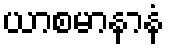
ယာစမာနာနံ